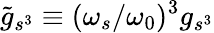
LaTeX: \tilde{g}_{s^{3}}\equiv(\omega_{s}/\omega_{0})^{3}g_{s^{3}}